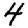
Digit: 4